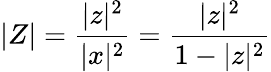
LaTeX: |Z|={\frac{|z|^{2}}{|x|^{2}}}={\frac{|z|^{2}}{1-|z|^{2}}}